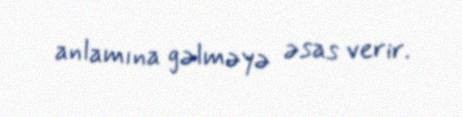
anlamına gəlməyə əsas verir.